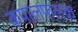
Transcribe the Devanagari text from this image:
कपालफलक